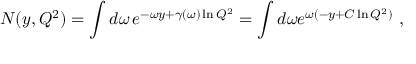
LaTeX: N ( y , Q ^ { 2 } ) = \int d \omega \, e ^ { - \omega y + \gamma ( \omega ) \ln Q ^ { 2 } } = \int d \omega e ^ { \omega ( - y + C \ln Q ^ { 2 } ) } \, \, ,